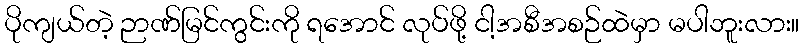
ပိုကျယ်တဲ့ ဉာဏ်မြင်ကွင်းကို ရအောင် လုပ်ဖို့ ငါ့အစီအစဉ်ထဲမှာ မပါဘူးလား။